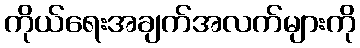
ကိုယ်ရေးအချက်အလက်များကို